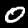
Digit: 0